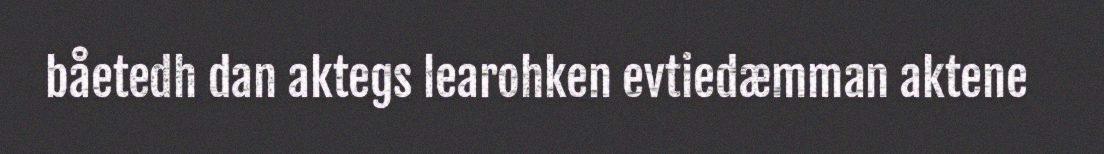
båetedh dan aktegs learohken evtiedæmman aktene